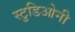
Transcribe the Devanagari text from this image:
स्टुडिओनी